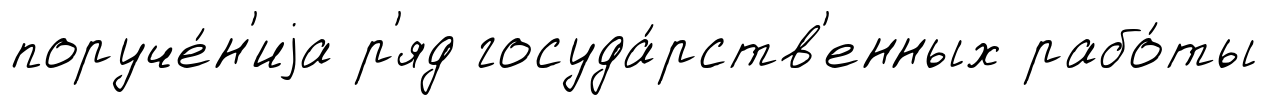
поруче́н'иjа р'яд госуда́рств'енных рабо́ты